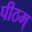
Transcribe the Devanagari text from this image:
पीठम्